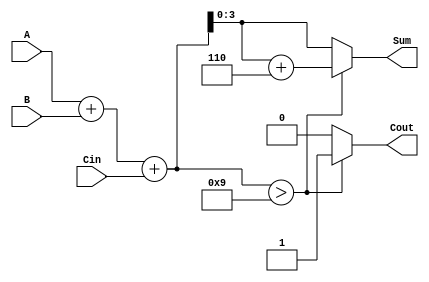
module BCD_Conditional_Adder (
    input  wire [3:0] A,      // First BCD digit
    input  wire [3:0] B,      // Second BCD digit
    input  wire Cin,          // Carry-in
    output reg  [3:0] Sum,    // BCD sum
    output reg  Cout          // Carry-out
);

    wire [4:0] S;             // 5-bit sum to accommodate carry
    wire correction_needed;    // Flag for correction

    // Step 1: Binary Addition
    assign S = A + B + Cin;

    // Step 2: BCD Correction Logic
    always @(*) begin
        if (S > 9) begin
            Sum = S + 6;       // Add 6 for BCD correction
            Cout = 1;         // Set carry-out
        end else begin
            Sum = S[3:0];      // No correction needed
            Cout = 0;         // No carry-out
        end
    end

endmodule